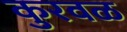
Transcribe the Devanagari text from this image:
कुरवळ